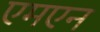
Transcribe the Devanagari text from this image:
एमएन